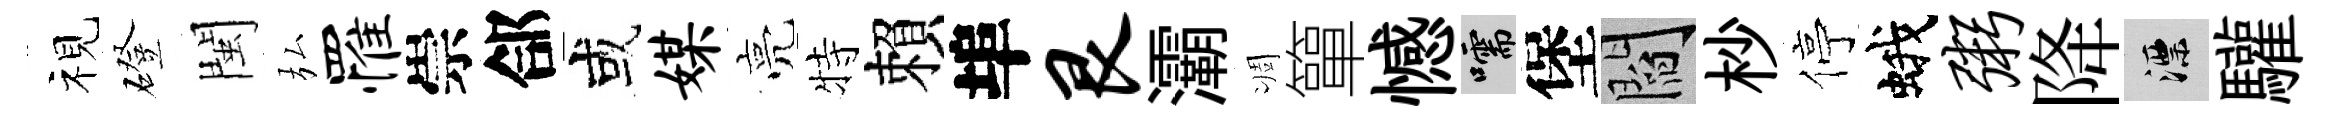
视磴閩弘罹崇郃或媒亮特賴埠艮灞凋簞憾嚅堡閻杪停蛾粥降漂驩